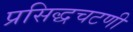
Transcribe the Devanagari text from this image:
प्रसिद्धचटणी